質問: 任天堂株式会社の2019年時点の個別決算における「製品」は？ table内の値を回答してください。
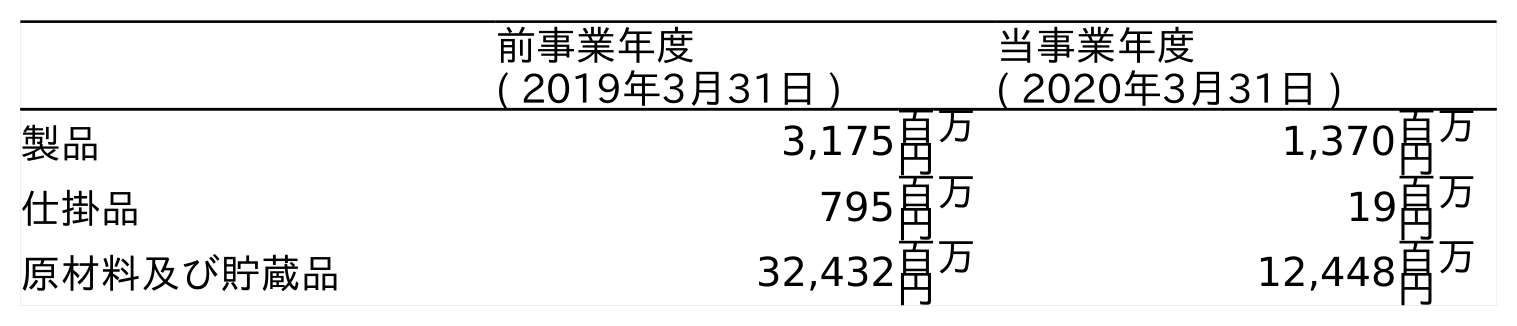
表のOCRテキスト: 前事業年度 ( 2019年3月31日 ) 当事業年度 ( 2020年3月31日 ) 製品 3,175百万 円 1,370百万 円 仕掛品 795百万 円 19百万 円 原材料及び貯蔵品 32,432百万 円 12,448百万 円
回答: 3,175